Document type: Grant
Year: 1246
Scribe: Guillem de Moneca
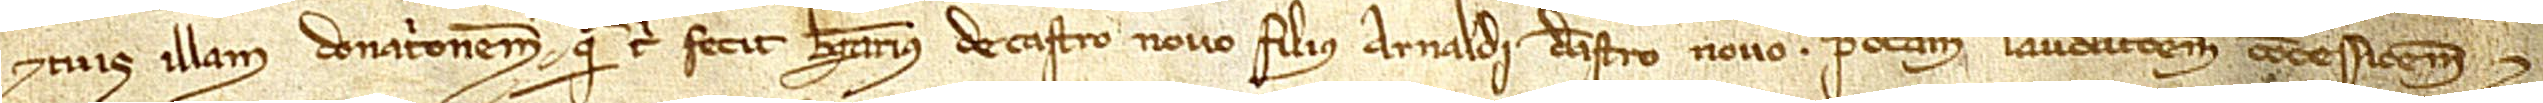
et tuis illam donationem quam tibi fecit Berengarius de Castro Novo, filius Arnaldi de (C)astro Novo. Predictam laudacionem, concessionem et